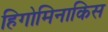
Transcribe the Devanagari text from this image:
हिगोमिनाकिस